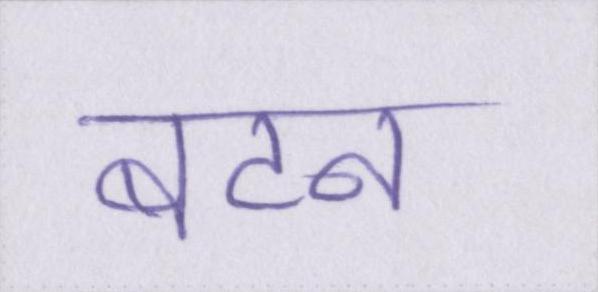
बटन